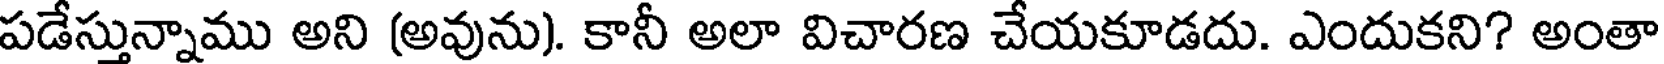
పడేస్తున్నాము అని (అవును). కానీ అలా విచారణ చేయకూడదు. ఎందుకని? అంతా